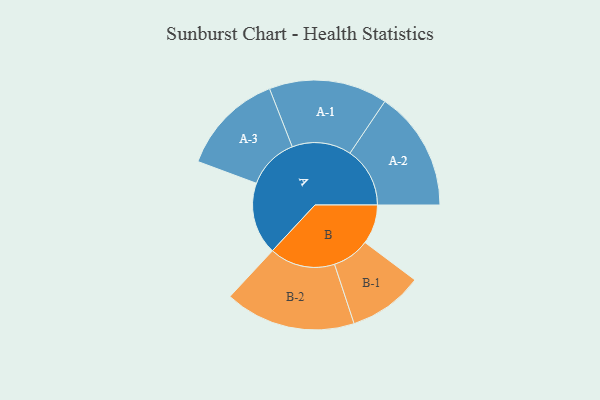
{"axis": {"x": "Segment", "y": "Value"}, "legend": ["", "A", "B"], "data": [{"x": "A", "y": 313, "type": ""}, {"x": "B", "y": 171, "type": ""}, {"x": "A-1", "y": 257, "type": "A"}, {"x": "A-2", "y": 260, "type": "A"}, {"x": "A-3", "y": 224, "type": "A"}, {"x": "B-1", "y": 162, "type": "B"}, {"x": "B-2", "y": 284, "type": "B"}]}